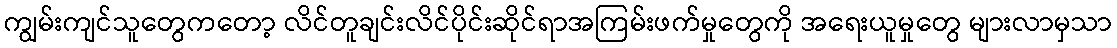
ကျွမ်းကျင်သူတွေကတော့ လိင်တူချင်းလိင်ပိုင်းဆိုင်ရာအကြမ်းဖက်မှုတွေကို အရေးယူမှုတွေ များလာမှသာ